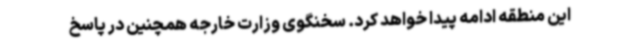
این منطقه ادامه پیدا خواهد کرد. سخنگوی وزارت خارجه همچنین در پاسخ